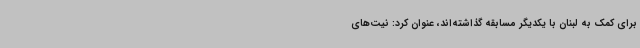
برای کمک به لبنان با یکدیگر مسابقه گذاشته‌اند، عنوان کرد: نیت‌های